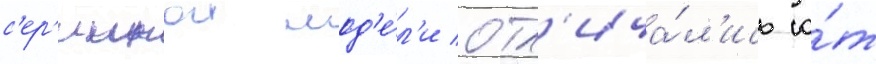
с'ер'иинои мод'е́л'и отл'ича́л'ись о́т